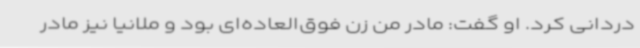
دردانی کرد. او گفت: مادر من زن فوق‌العاده‌ای بود و ملانیا نیز مادر